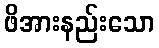
ဖိအားနည်းသော